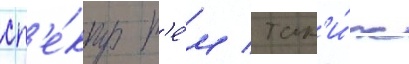
сп'е́ктр т'е́м / так'и́х